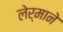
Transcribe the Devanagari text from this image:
लेर्माने